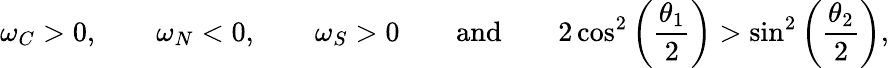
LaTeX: \omega_{C}>0,\qquad\omega_{N}<0,\qquad\omega_{S}>0\qquad\textnormal{and}\qquad 2\cos^{2}\left(\frac{\theta_{1}}{2}\right)>\sin^{2}\left(\frac{\theta_{2}}{2}\right),